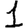
Digit: 1